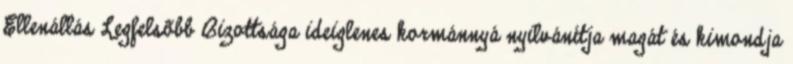
Ellenállás Legfelsõbb Bizottsága ideiglenes kormánnyá nyilvánítja magát és kimondja